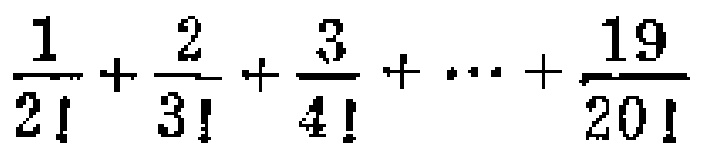
$\frac{1}{2!}+\frac{2}{3!}+\frac{3}{4!}+\cdots+\frac{19}{20!}$